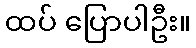
ထပ် ပြောပါဦး။